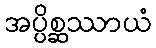
အပ္ပိစ္ဆဿာယံ